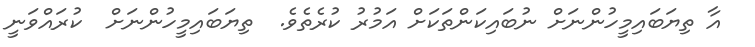
އާ ތިޔަބައިމީހުންނަށް ނުބައިކަންތަކަށް އަމުރު ކުރެތެވެ.  ތިޔަބައިމީހުންނަށް  ކުރައްވަނީ